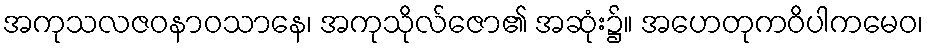
အကုသလဇဝနာဝသာနေ၊ အကုသိုလ်ဇော၏ အဆုံး၌။ အဟေတုကဝိပါကမေဝ၊